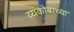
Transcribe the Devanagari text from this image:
व्यंकोबाच्या